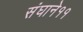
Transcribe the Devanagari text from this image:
संघाने११